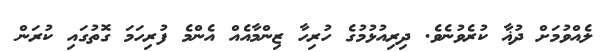
ލެއްވުމަށް ދުޣާ ކުރެވުނެވެ. ދިރިއުޅުމުގެ ހުރިހާ ޒިންމާއެއް އެންމެ ފުރިހަމަ ގޮތުގައި ކުރަން